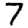
Digit: 7